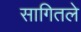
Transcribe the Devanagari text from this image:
सागितले